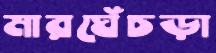
মারঘেঁচড়া